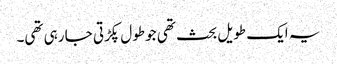
یہ ایک طویل بحث تھی جو طول پکڑتی جا رہی تھی۔